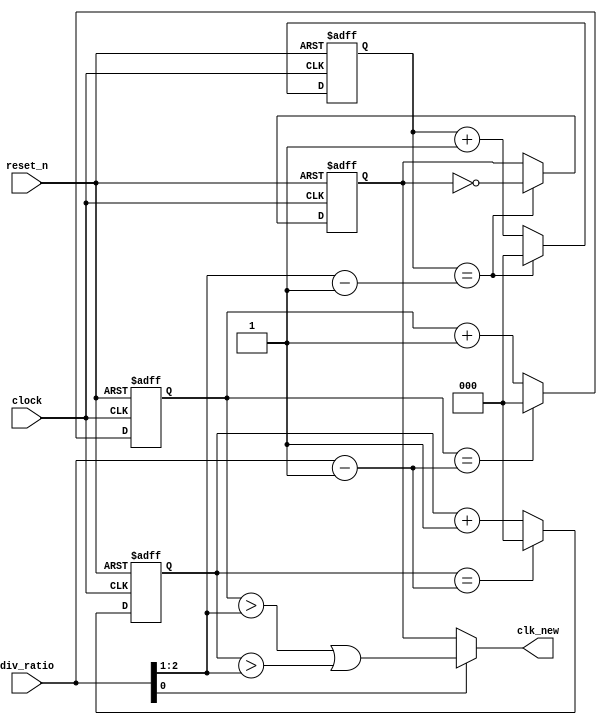
//  INFO.: Undergraduate ECE student, Alexandria university, Egypt.
//  AUTHOR'S EMAIL: majiidd17@icloud.com
//  Digital Design with FPGA "NajahNow" Diploma.
//  TYPE: module.
//  KEYWORDS: Integer clock divider, 50% Duty Cycle, Parametrized.
//  PURPOSE: An RTL modelling for a Parameterized Integer(Even/Odd) Clock Divider with 50% duty cycle.

module clk_div 
#(
    parameter WIDTH = 3
)
(
    input wire reset_n,
    input wire clock,
    input wire [WIDTH - 1 : 0] div_ratio,

    output wire clk_new
);
reg [WIDTH - 1 : 0] even_counter;
reg [WIDTH - 1 : 0] pos_counter;
reg [WIDTH - 1 : 0] neg_counter;
wire [WIDTH - 1 : 0] temp;
wire type;
reg even_clk;

// Intialization
assign type = div_ratio[0];
assign temp = div_ratio >> 1;

//  logic for even N/2 with 50% duty cycle
always @(posedge clock, negedge reset_n) begin
  if (!reset_n) begin
    even_counter <= {WIDTH{1'b0}};
    even_clk     <= 1'b0;
  end
  else begin
    if (even_counter == (temp - 1'b1)) begin
      even_clk <= ~even_clk;
      even_counter <= {WIDTH{1'b0}};
    end
    else begin
      even_counter <= even_counter + 1'b1;
    end
  end
end

//  logic for odd N at positive edge
always @(posedge clock, negedge reset_n) begin
  if (!reset_n) pos_counter <= {WIDTH{1'b0}};
  else begin
    if (pos_counter == (div_ratio - 1'b1)) begin
      pos_counter <= {WIDTH{1'b0}};
    end
    else begin
      pos_counter <= pos_counter + 1'b1;
    end
  end
end

//  logic for odd N at negative edge
always @(negedge clock, negedge reset_n) begin
  if (!reset_n) neg_counter <= {WIDTH{1'b0}};
  else begin
    if (neg_counter == (div_ratio - 1'b1)) begin
      neg_counter <= {WIDTH{1'b0}};
    end
    else begin
      neg_counter <= neg_counter + 1'b1;
    end
  end
end

//  Output logic
assign clk_new = type? ((pos_counter > (div_ratio>>1)) | (neg_counter > (div_ratio>>1))) : even_clk;

endmodule